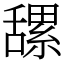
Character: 𦧲